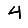
Digit: 4